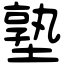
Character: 塾